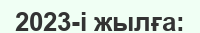
2023-і жылға: